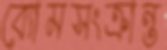
ব্যোমসংক্রান্ত